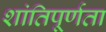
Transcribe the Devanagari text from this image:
शांतिपूर्णता